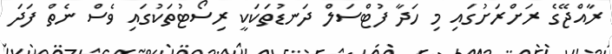
ރާއްޖޭގެ ރަށްރަށުގައި މި ހަދާ ފުޓްސަލް ދަނޑުތަކަކީ ރިސޯޓުތަކުގައި ވެސް ނެތް ފަދަ